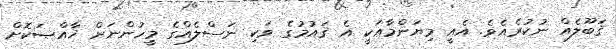
ޤަބޫލެއް ނުކުރެއެވެ. އެއީ މިޔަންމާއަކީ އެ ޤައުމުގެ ވަކި ނަސްލެއްގެ މީހުންނަށް ޚާއްޞަކޮށް